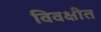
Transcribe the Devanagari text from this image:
विवक्षीत